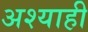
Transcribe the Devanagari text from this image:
अश्याही